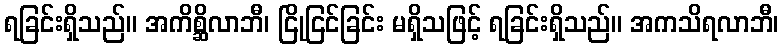
ရခြင်းရှိသည်။ အကိစ္ဆိလာဘီ၊ ငြိုငြင်ခြင်း မရှိသဖြင့် ရခြင်းရှိသည်။ အကသိရလာဘီ၊